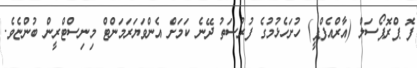
ފޮ ޕްރޮޕޯސަލް (އާރްއެފްޕީ) ހުށަހެޅުމުގެ ފުރުސަތު ދޭނެ ކަމަށް އެންވަޔަރަމަންޓް މިނިސްޓްރީން ބުންޏެވެ.